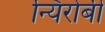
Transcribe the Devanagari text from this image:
न्यिरोबी